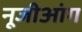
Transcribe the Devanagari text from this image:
नूजीआंग